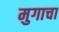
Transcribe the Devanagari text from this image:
मुगाचा